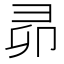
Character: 𭛍